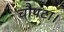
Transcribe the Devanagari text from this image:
चौपटा।